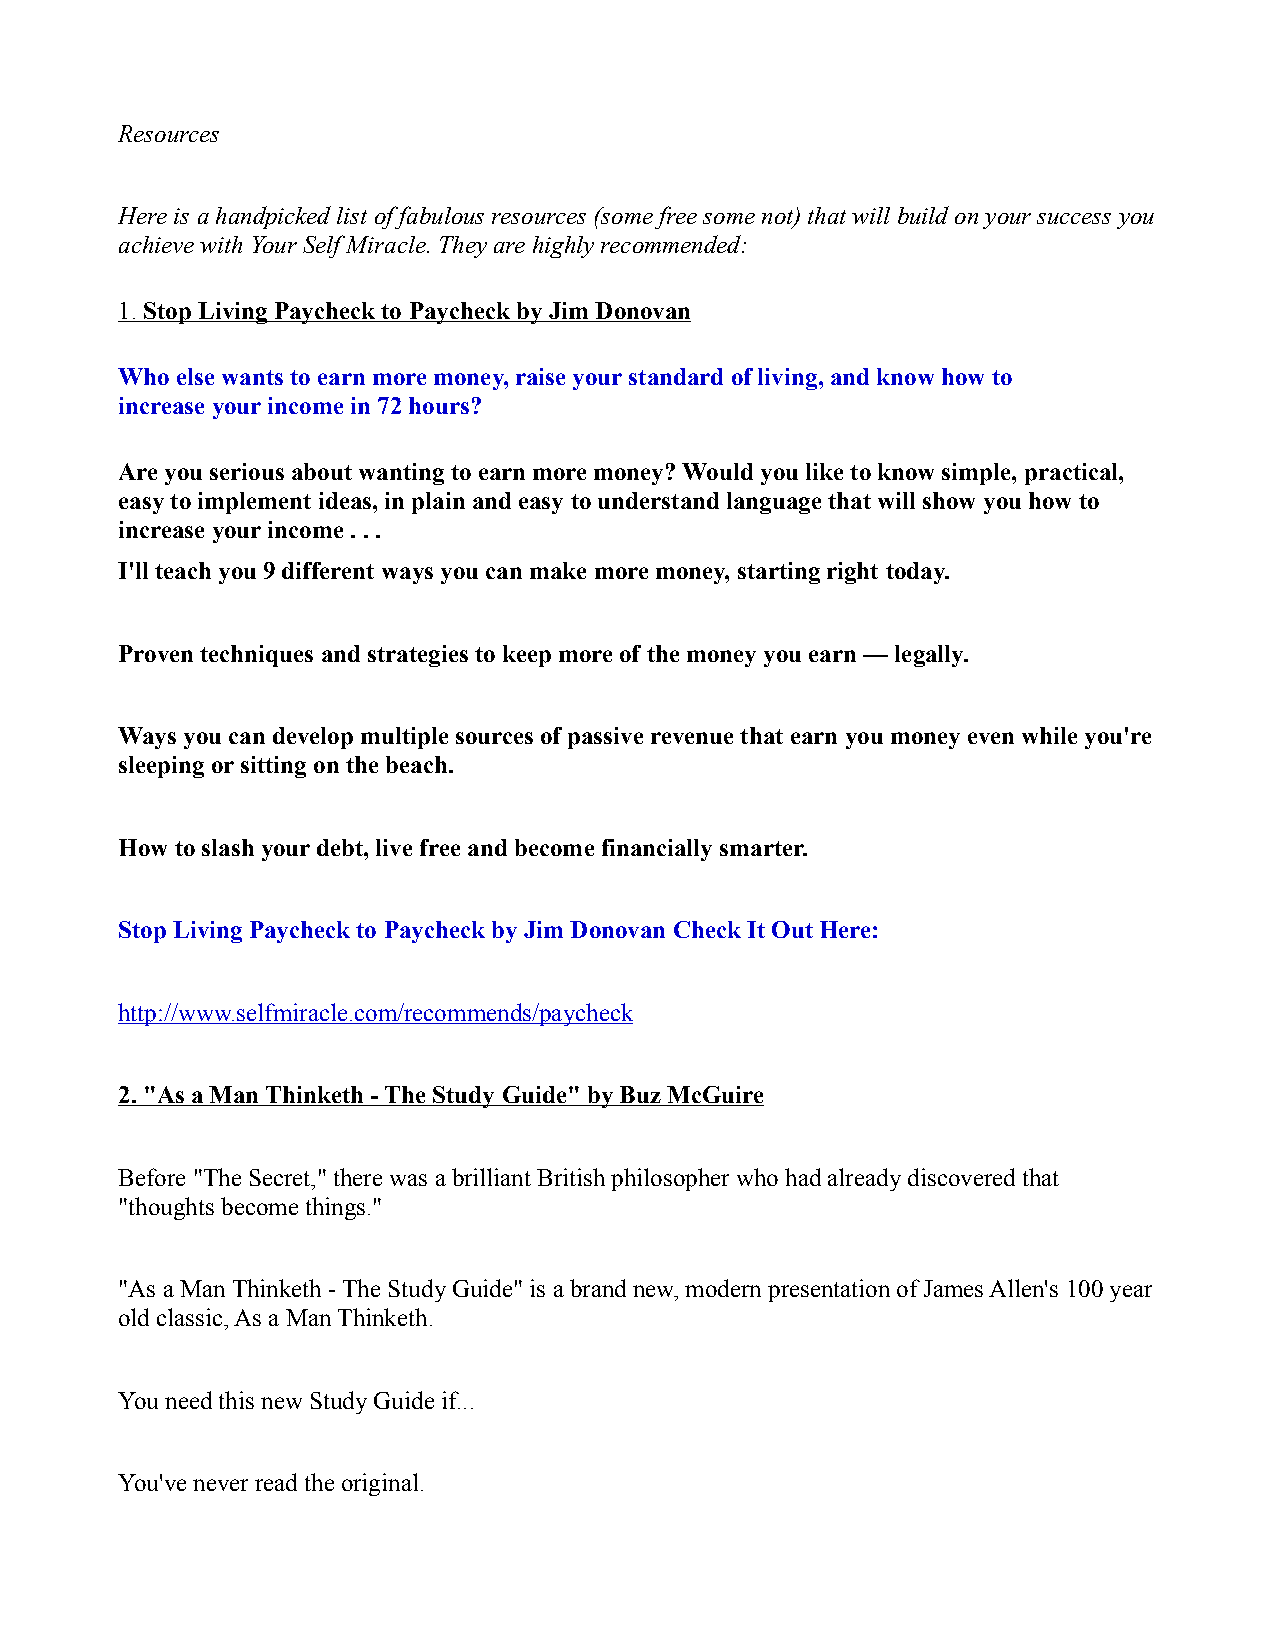
Resources
 Here is a handpicked list of fabulous resources (some free some not) that will build on your success you
 achieve with Your Self Miracle. They are highly recommended:
 1. Stop Living Paycheck to Paycheck by Jim Donovan
 Who else wants to earn more money, raise your standard of living, and know how to
 increase your income in 72 hours?
 Are you serious about wanting to earn more money? Would you like to know simple, practical,
 easy to implement ideas, in plain and easy to understand language that will show you how to
 increase your income . . .
 I'll teach you 9 different ways you can make more money, starting right today.
 Proven techniques and strategies to keep more of the money you earn — legally.
 Ways you can develop multiple sources of passive revenue that earn you money even while you're
 sleeping or sitting on the beach.
 How to slash your debt, live free and become financially smarter.
 Stop Living Paycheck to Paycheck by Jim Donovan Check It Out Here:
 http://www.selfmiracle.com/recommends/paycheck
 2. "As a Man Thinketh - The Study Guide" by Buz McGuire
 Before "The Secret," there was a brilliant British philosopher who had already discovered that
 "thoughts become things."
 "As a Man Thinketh - The Study Guide" is a brand new, modern presentation of James Allen's 100 year
 old classic, As a Man Thinketh.
 You need this new Study Guide if...
 You've never read the original.